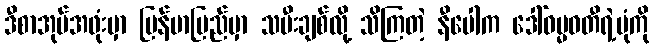
ဒီစာအုပ်အဖုံးမှာ မြန်မာပြည်မှာ သမီးချစ်လို့ သိကြတဲ့ နီပေါက ဒေါ်ဓမ္မဝတီရဲ့ပုံကို